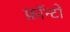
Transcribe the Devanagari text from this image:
फ़ॉन्टों